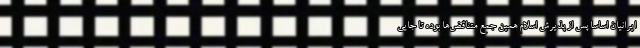
ایرانیان اساساً پس از پذیرش اسلام همین جمع متناقض‌ها بوده تا جایی